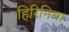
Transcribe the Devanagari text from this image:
हिरिनिया